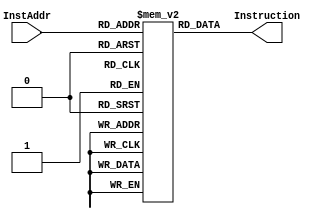
`timescale 1ns / 1ps

module InstructionMemory(
    input [8:2] InstAddr,
    output [31:0] Instruction
    );
    
    reg [31:0] InstMem[127:0];    
    initial begin
        InstMem[0]=32'h3c090000;        
        InstMem[1]=32'h3c0a2100;        
        InstMem[2]=32'h200b0001;        
        InstMem[3]=32'h200c0005;        
        InstMem[4]=32'h354d2100;        
        InstMem[5]=32'h314e0100;        
        InstMem[6]=32'h200fffff;        
        InstMem[7]=32'h25e90002;        
        InstMem[8]=32'h01ec5821;        
        InstMem[9]=32'h01e36820;
        InstMem[10]=32'h01ab7024;
        InstMem[11]=32'h012b5023;
        InstMem[12]=32'h012b5022;
        InstMem[13]=32'h014d4825;
        InstMem[14]=32'h016c782a;
        InstMem[15]=32'h018b782b;
        InstMem[16]=32'h014f5827;
        InstMem[17]=32'h01496826;
        InstMem[18]=32'h000d6280;
        InstMem[19]=32'h000c5a42;
        InstMem[20]=32'h000a7843;
        InstMem[21]=32'h016a6007;
        InstMem[22]=32'h3c09ffff;
        InstMem[23]=32'h012c7826;
        InstMem[24]=32'h01696007;
        InstMem[25]=32'h01696806;
        InstMem[26]=32'h01696804;
        InstMem[27]=32'h3c0a1001;
        InstMem[28]=32'had4b0000;
        InstMem[29]=32'h8d4c0000;
        InstMem[30]=32'h218c0001;
        InstMem[31]=32'h298b0006;
        InstMem[32]=32'h116b0001;
        InstMem[33]=32'h214903e8;
        InstMem[34]=32'h20090064;
        InstMem[35]=32'ha1490008;
        InstMem[36]=32'h814b0008;
        InstMem[37]=32'h15600001;
        InstMem[38]=32'h214903e8;
        InstMem[39]=32'h200cff9c;
        InstMem[40]=32'ha54c000c;
        InstMem[41]=32'had4c0004;
        InstMem[42]=32'h854b0004;
        InstMem[43]=32'h954d0004;
        InstMem[44]=32'h914c0004;
    end  
    assign Instruction = InstMem[InstAddr];
    
endmodule